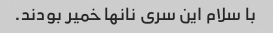
با سلام این سری نانها خمیر بودند.